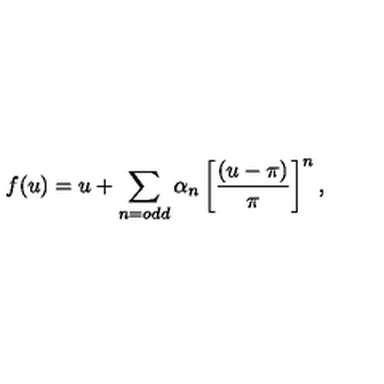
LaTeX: f ( u ) = u + \sum _ { n = o d d } \alpha _ { n } \left[ \frac { ( u - \pi ) } { \pi } \right] ^ { n } ,